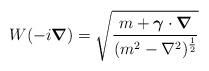
LaTeX: \begin{align*}W(-i \mbox{\boldmath $\nabla$} ) = \sqrt{\frac{m+\mbox{\boldmath $\gamma$} \cdot \mbox{\boldmath $\nabla$}}{(m^{2} - \nabla^{2})^{\frac{1}{2}}}}\end{align*}